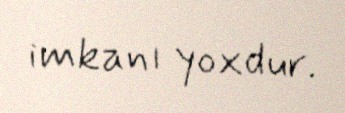
imkanı yoxdur.